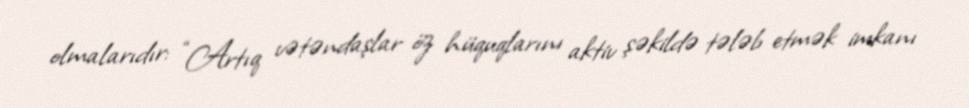
olmalarıdır: “Artıq vətəndaşlar öz hüquqlarını aktiv şəkildə tələb etmək imkanı